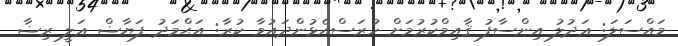
މައްސަލަ: ޢަދުލު އިންސާފު ޤާއިމްކުރުމަށް ހުރަސްއެޅުންދައުވާ ކުރާ: އަޙްމަދު ފަޔާޟް ޢަލީ ރިޟާ